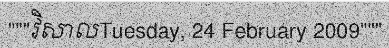
"""វិសាលTuesday, 24 February 2009"""